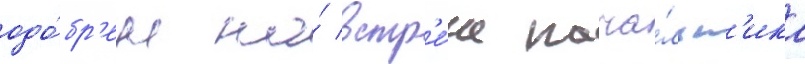
одо́бр'ен на́ встр'е́че нача́льн'ика